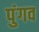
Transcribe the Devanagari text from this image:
पुंगव